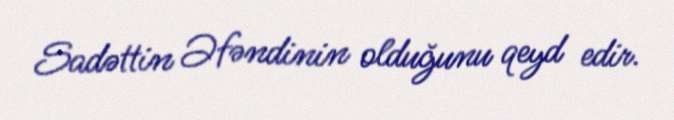
Sadəttin Əfəndinin olduğunu qeyd edir.